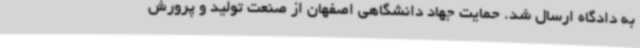
به دادگاه ارسال شد. حمایت جهاد دانشگاهی اصفهان از صنعت تولید و پرورش